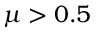
\mu > 0 . 5